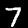
Digit: 7